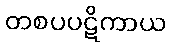
တစပပဋိကာယ